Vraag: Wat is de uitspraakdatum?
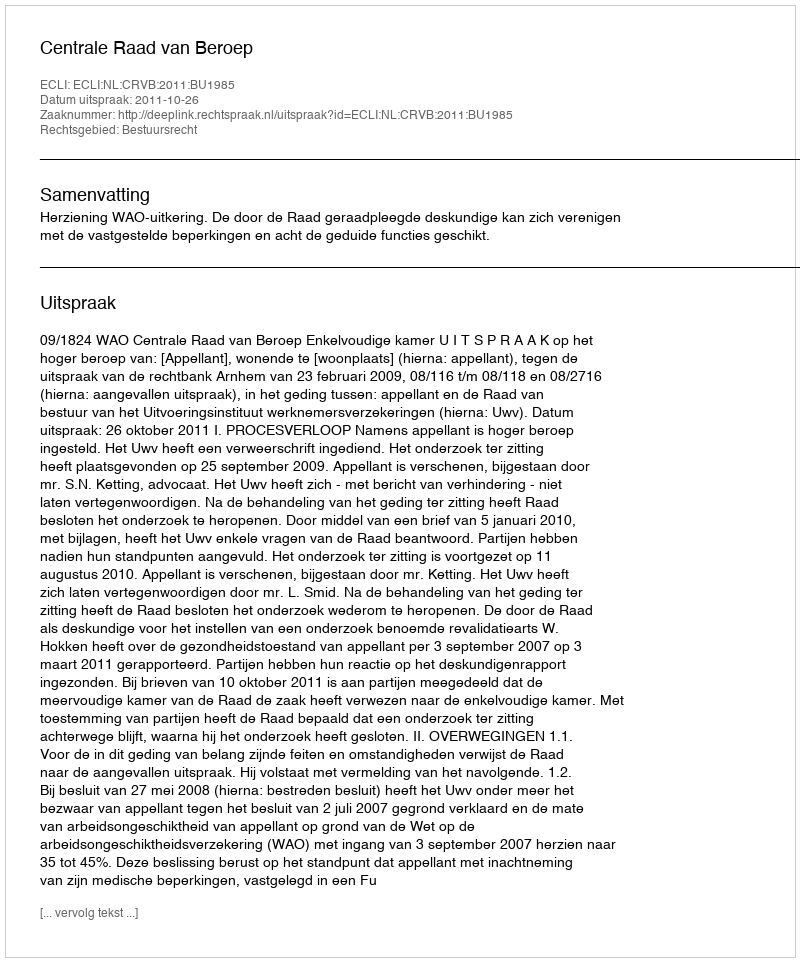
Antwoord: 2011-10-26